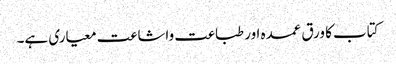
کتاب کا ورق عمدہ اور طباعت واشاعت معیاری ہے۔